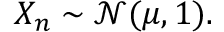
X _ { n } \sim { \mathcal { N } } ( \mu , 1 ) .